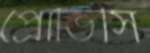
প্রোভিসি